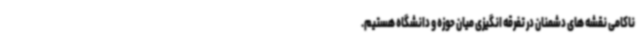
ناکامی نقشه های دشمنان در تفرقه انگیزی میان حوزه و دانشگاه هستیم.